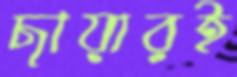
ছায়ারই